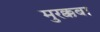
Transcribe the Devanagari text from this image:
मुरक्कबा